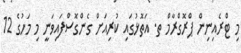
މި ޓްރެއިނިން ޕްރޮގްރާމް ތ. އަތޮޅުގައި ކުރިއަށް ގެންގޮސްފައިވަނީ މި މަހުގެ 12